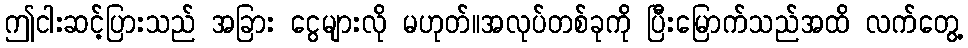
ဤငါးဆင့်ပြားသည် အခြား ငွေများလို မဟုတ်။အလုပ်တစ်ခုကို ပြီးမြောက်သည်အထိ လက်တွေ့